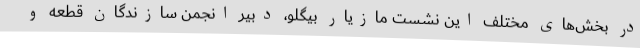
در بخش‌های مختلف این نشست مازیار بیگلو، دبیر انجمن سازندگان قطعه و